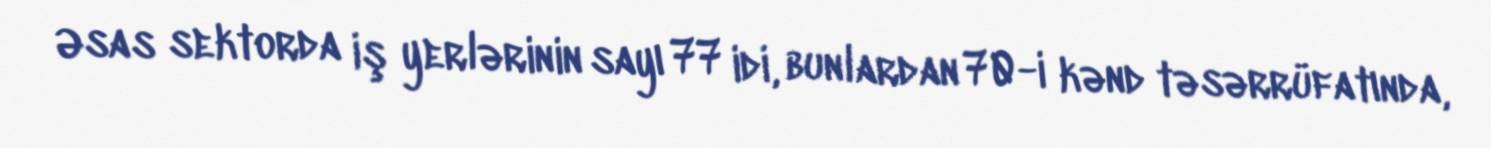
Əsas sektorda iş yerlərinin sayı 77 idi, bunlardan 70-i kənd təsərrüfatında,